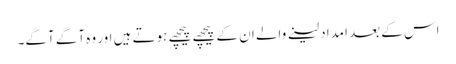
اس کے بعد امداد لینے والے ان کے پیچھے پیچھے ہوتے ہیں اور وہ آگے آگے۔